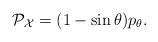
LaTeX: \begin{align*}{\cal P}_{\cal X} = (1 - \sin \theta) p_\theta.\end{align*}